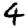
Digit: 4